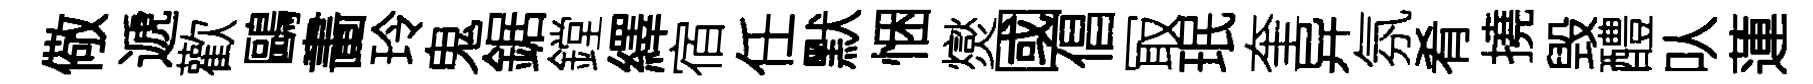
儆遞歡鷗畵玲鬼鋸鏜繹宿任默悃爕國倡冣珉奎异氛肴撓毁醴㕥蓮